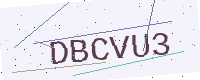
Text: DBCVU3